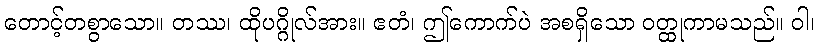
တောင့်တစွာသော။ တဿ၊ ထိုပဂ္ဂိုလ်အား။ ဧတံ၊ ဤကောက်ပဲ အစရှိသော ဝတ္ထုကာမသည်။ ဝါ၊